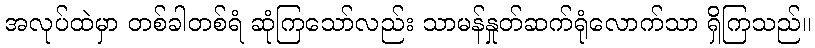
အလုပ်ထဲမှာ တစ်ခါတစ်ရံ ဆုံကြသော်လည်း သာမန်နှုတ်ဆက်ရုံလောက်သာ ရှိကြသည်။